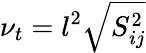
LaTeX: \nu_{t}=l^{2}\sqrt{S_{ij}^{2}}